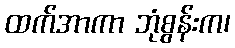
ထက်အာကာ ဘုံစွန်းက၊